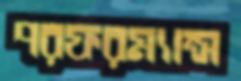
পরফরম্যান্স